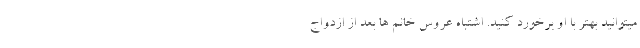
میتوانید بهتر با او برخورد کنید. اشتباه عروس خانم ها بعد از ازدواج